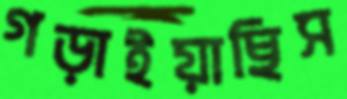
গড়াইয়াছিস